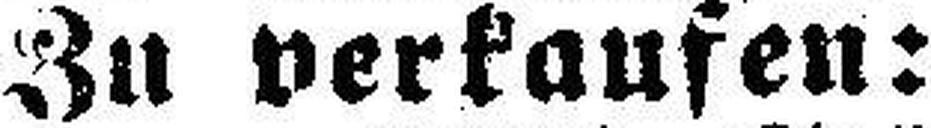
Zu verkaufen: